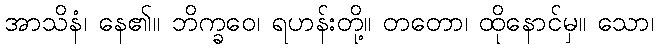
အာသိနံ၊ နေ၏။ ဘိက္ခဝေ၊ ရဟန်းတို့။ တတော၊ ထိုနောင်မှ။ သော၊